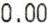
0.00